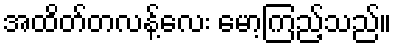
အထိတ်တလန့်လေး မော့ကြည့်သည်။